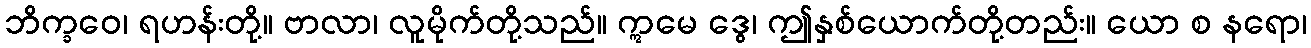
ဘိက္ခဝေ၊ ရဟန်းတို့။ ဗာလာ၊ လူမိုက်တို့သည်။ ဣမေ ဒွေ၊ ဤနှစ်ယောက်တို့တည်း။ ယော စ နရော၊